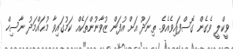
ވީކްލީ ވެގެން ގޮސްފައިވެއެވެ. ތިނަދޫ އަށް އުފަން ޒުވާނުންތަކެއް ކަމުގައިވާ މުޙައްމަދު ނާސިހް